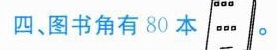
四、图书角有80本.